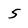
Character: 5